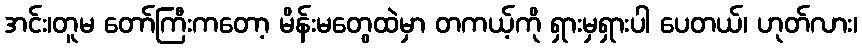
အင်း၊တူမ တော်ကြီးကတော့ မိန်းမတွေထဲမှာ တကယ့်ကို ရှားမှရှားပါ ပေတယ်၊ ဟုတ်လား၊